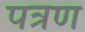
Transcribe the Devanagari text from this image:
पत्रण